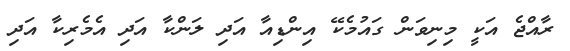
ރާއްޖެ އަކީ މިނިވަން ގައުމެކޭ އިންޑިއާ އަދި ލަންކާ އަދި އެމެރިކާ އަދި